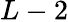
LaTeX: L-2